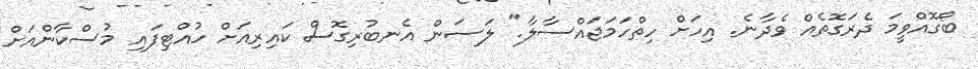
ބޯގޮއްވީމަ ދެރަގޮތެއް ވެދާނެ. އިހަށް ހިތްހަމަޖައްސާލާ." ލަސަން އެނބުރިގޮސް ކައިރިއަށް ހުއްޓިފައި މުސްކާންއަށް